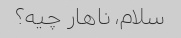
سلام، ناهار چیه؟